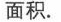
面积.